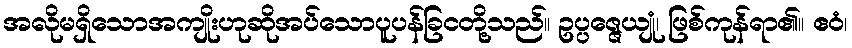
အလိုမရှိသောအကျိုးဟုဆိုအပ်သောပူပန်ခြငတို့သည်။ ဥပ္ပဇ္ဇေယျုံ၊ ဖြစ်ကုန်ရာ၏။ ဧဝံ၊